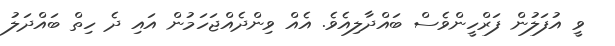
ވީ އުފަލުން ފަރްހީންވެސް ބައްދާލިއެވެ. އެއް ވިންދެއްޖަހަމުން އައި ދެ ހިތް ބައްދަލު